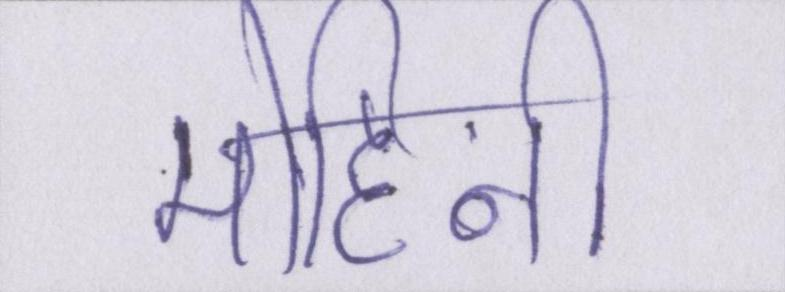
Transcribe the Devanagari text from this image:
मोहिनी